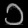
Digit: ၁